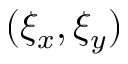
( \xi _ { x } , \xi _ { y } )